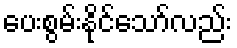
ပေးစွမ်းနိုင်သော်လည်း